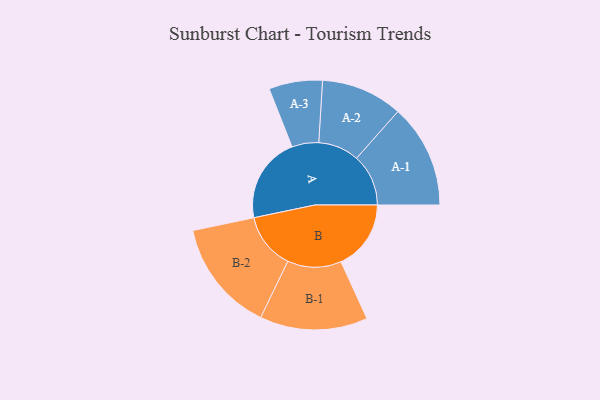
{"axis": {"x": "Segment", "y": "Value"}, "legend": ["", "A", "B"], "data": [{"x": "A", "y": 459, "type": ""}, {"x": "B", "y": 374, "type": ""}, {"x": "A-1", "y": 277, "type": "A"}, {"x": "A-2", "y": 218, "type": "A"}, {"x": "A-3", "y": 143, "type": "A"}, {"x": "B-1", "y": 288, "type": "B"}, {"x": "B-2", "y": 300, "type": "B"}]}